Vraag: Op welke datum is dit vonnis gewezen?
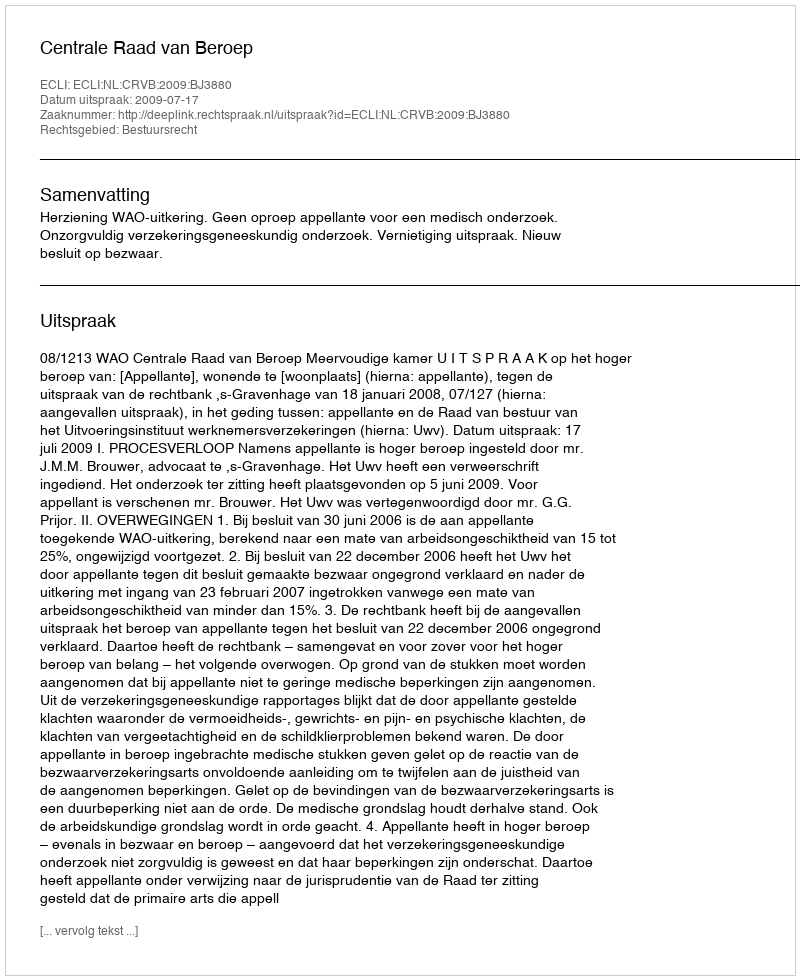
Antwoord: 2009-07-17